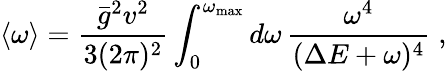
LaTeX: \langle\omega\rangle=\frac{\bar{g}^{2}v^{2}}{3(2\pi)^{2}}\int_{0}^{\omega_{\mathrm{max}}}d\omega\, \frac{\omega^{4}}{(\Delta E+\omega)^{4}}\; ,